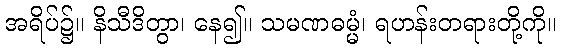
အရိပ်၌။ နိသီဒိတွာ၊ နေ၍။ သမဏဓမ္မံ၊ ရဟန်းတရားတို့ကို။